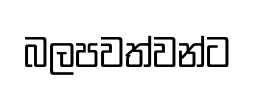
බලපවත්වන්ට